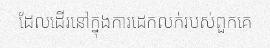
ដែលដើរនៅក្នុងការដេកលក់របស់ពួកគេ